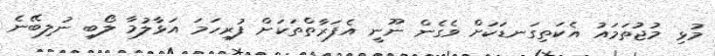
މުޅި މުޖުތަމައު އެކަތިގަނޑަކަށް ވެގެން ނޫނީ އެފަރާތްތަކަށް ފުރިހަމަ އަޅާލުމާ ލޯބި ނުލިބޭނެ